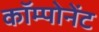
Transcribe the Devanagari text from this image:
कॉम्पोनेंट